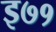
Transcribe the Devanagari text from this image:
इ७१